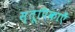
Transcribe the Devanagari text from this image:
स्तूपिकाएँ